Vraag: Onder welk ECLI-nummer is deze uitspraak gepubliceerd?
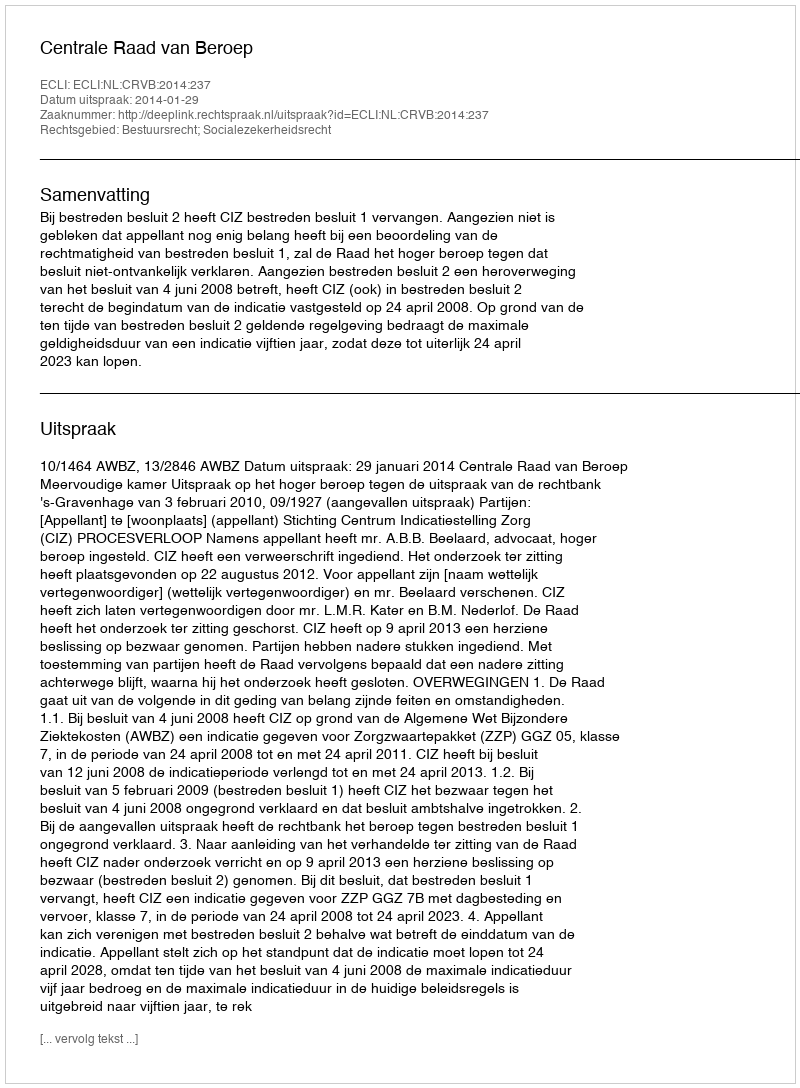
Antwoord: ECLI:NL:CRVB:2014:237